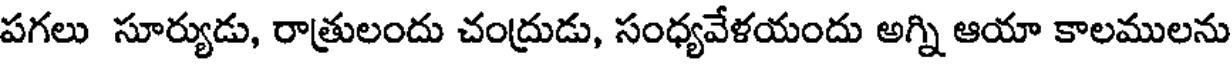
పగలు సూర్యుడు, రాత్రులందు చంద్రుడు, సంధ్యవేళయందు అగ్ని ఆయా కాలములను